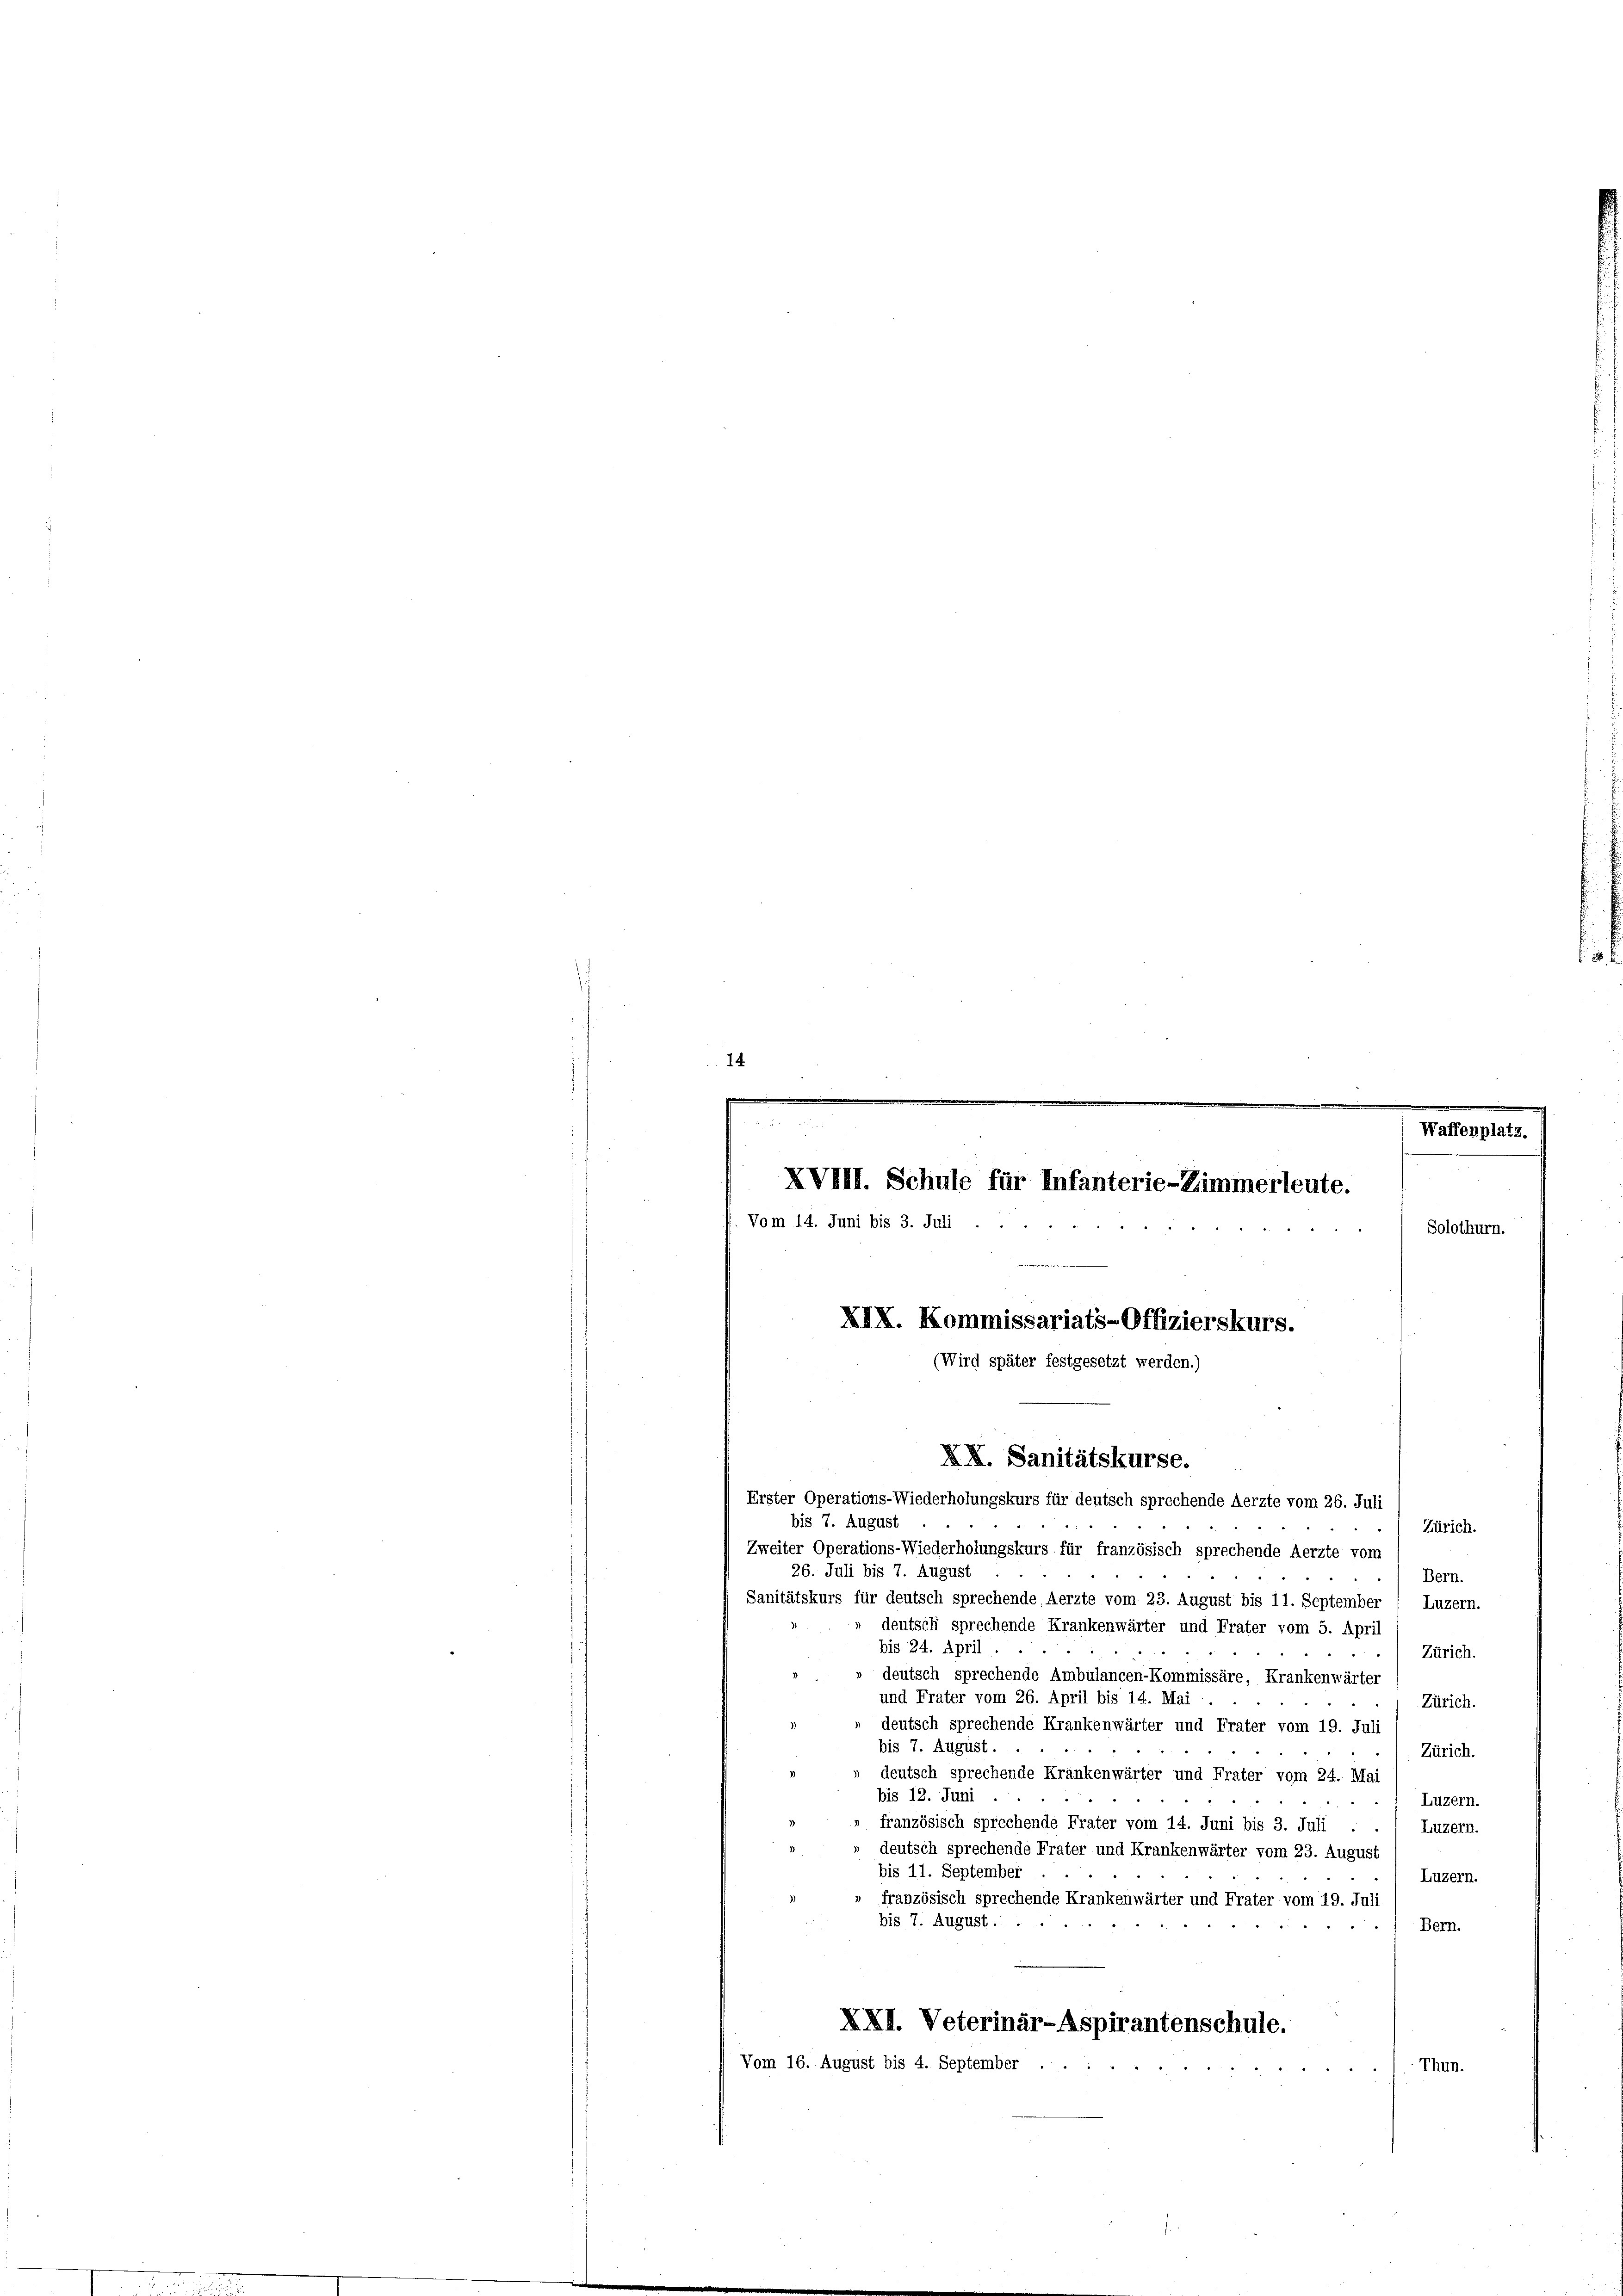
14
m
e
m
Waffenplatz.
XVIII. Schule für Infanterie-Zimmerleute.
Vom 14. Juni bis 3. Juli
Solothurn.
XIX. Kommissariats-Offizierskurs.

(Wird später festgesetzt werden.)
XX. Sanitätskurse.
Erster Operations-Wiederholungskurs für deutsch sprechende Aerzte vom 26. Juli

bis 7. August
Zürich.
Zweiter Operations-Wiederholungskurs für französisch sprechende Aerzte vom
26. Juli bis 7. August
Bern.
Sanitätskurs für deutsch sprechende Aerzte vom 23. August bis 11. September ( Luzern.
deutsch sprechende Krankenwärter und Frater vom 5. April
bis 24. April
Zürich.
deutsch sprechende Ambulancen-Kommissäre, Krankenwärter
und Frater vom 26. April bis 14. Mai
Zürich.
deutsch sprechende Krankenwärter und Frater vom 19. Juli
bis 7. August.
Zürich.
deutsch sprechende Kränkenwärter und Frater vom 24. Mai
bis 12. Juni
Luzern.
französisch sprechende Frater vom 14. Juni bis 3. Juli .
Luzern.
deutsch sprechende Frater und Krankenwärter vom 23. August
bis 11. September
Luzern.
französisch sprechende Krankenwärter und Frater vom 19. Juli
bis 7. August.
Bern.
XXI. Veterinär-Aspirantenschule.
Vom 16. August bis 4. September
Thun.